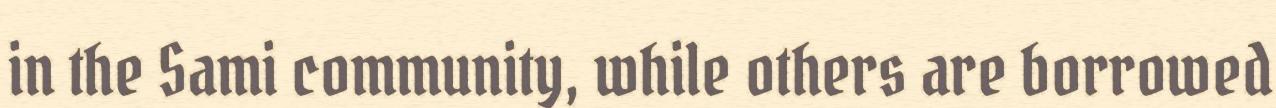
in the Sami community, while others are borrowed